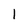
Character: 1